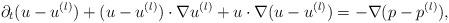
LaTeX: \begin{align*}\partial_t (u-u^{(l)}) + (u-u^{(l)}) \cdot \nabla u^{(l)} + u \cdot \nabla (u-u^{(l)})=-\nabla (p-p^{(l)}),\end{align*}